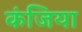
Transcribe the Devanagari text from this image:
कंजिया